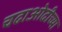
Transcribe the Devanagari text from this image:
चढाओढीच्या